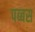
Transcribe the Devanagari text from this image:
पब्बस